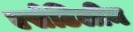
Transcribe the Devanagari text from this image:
एसेटिलीन